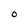
Character: 0